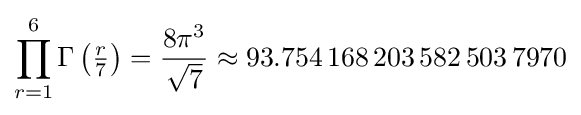
\prod _{r=1}^{6}\Gamma \left({\tfrac {r}{7}}\right)={\frac {8\pi ^{3}}{\sqrt {7}}}\approx 93.754\,168\,203\,582\,503\,7970